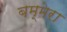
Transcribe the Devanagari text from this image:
बम्मेरा